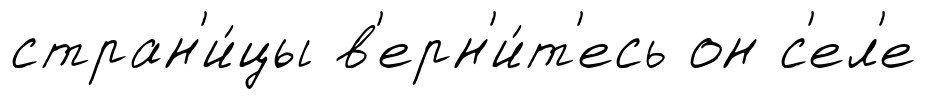
стран'и́цы в'ерн'и́т'есь он с'ел'е